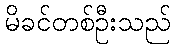
မိခင်တစ်ဦးသည်